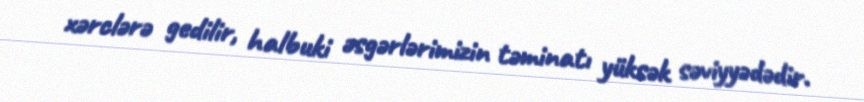
xərclərə gedilir, halbuki əsgərlərimizin təminatı yüksək səviyyədədir.